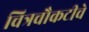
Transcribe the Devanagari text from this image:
चित्रचौकटीचे